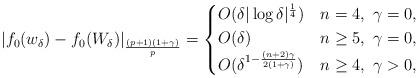
LaTeX: \begin{align*}|f_0(w_\delta) - f_0(W_\delta)|_{\frac{(p+1)(1+\gamma)}{p}}=\begin{cases}O(\delta|\log \delta|^\frac{1}{4}) & n=4,\ \gamma=0,\\O(\delta) & n\geq 5,\ \gamma=0,\\O(\delta^{1-\frac{(n+2)\gamma}{2(1+\gamma)}}) & n\geq 4,\ \gamma>0,\end{cases}\end{align*}